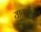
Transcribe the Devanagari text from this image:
यागामुची